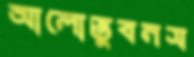
আলোভুবনস